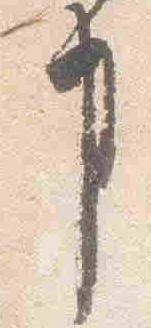
事